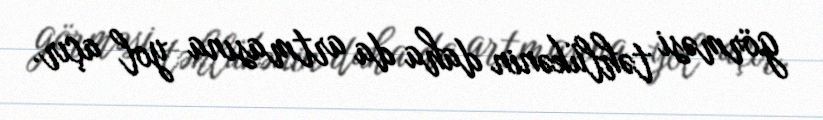
görməsi təhlükənin daha da artmasına yol açır.